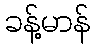
ခန့်မာန်